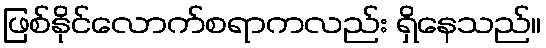
ဖြစ်နိုင်လောက်စရာကလည်း ရှိနေသည်။